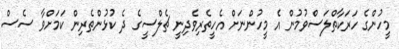
މީހުންގެ ހަރަކާތްލަސްވުމުން އެ މީހުންނަށް އެހީތެރިވެދިނީ ޗެލްސީގެ ދެ ކުޅުންތެރިން ކަމަށްވާ ސެސް